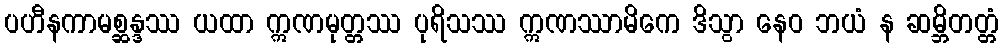
ပဟီနကာမစ္ဆန္ဒဿ ယထာ ဣဏမုတ္တဿ ပုရိသဿ ဣဏဿာမိကေ ဒိသွာ နေဝ ဘယံ န ဆမ္ဘိတတ္တံ